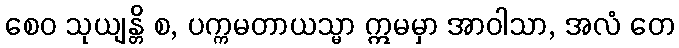
စေဝ သုယျန္တိ စ, ပက္ကမတာယသ္မာ ဣမမှာ အာဝါသာ, အလံ တေ